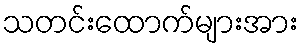
သတင်းထောက်များအား